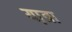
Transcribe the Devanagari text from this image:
या़त्रा